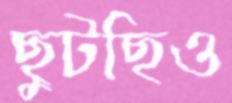
ছুটছিও